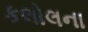
કલોલના